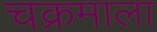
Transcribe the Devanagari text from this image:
चक्रमाला